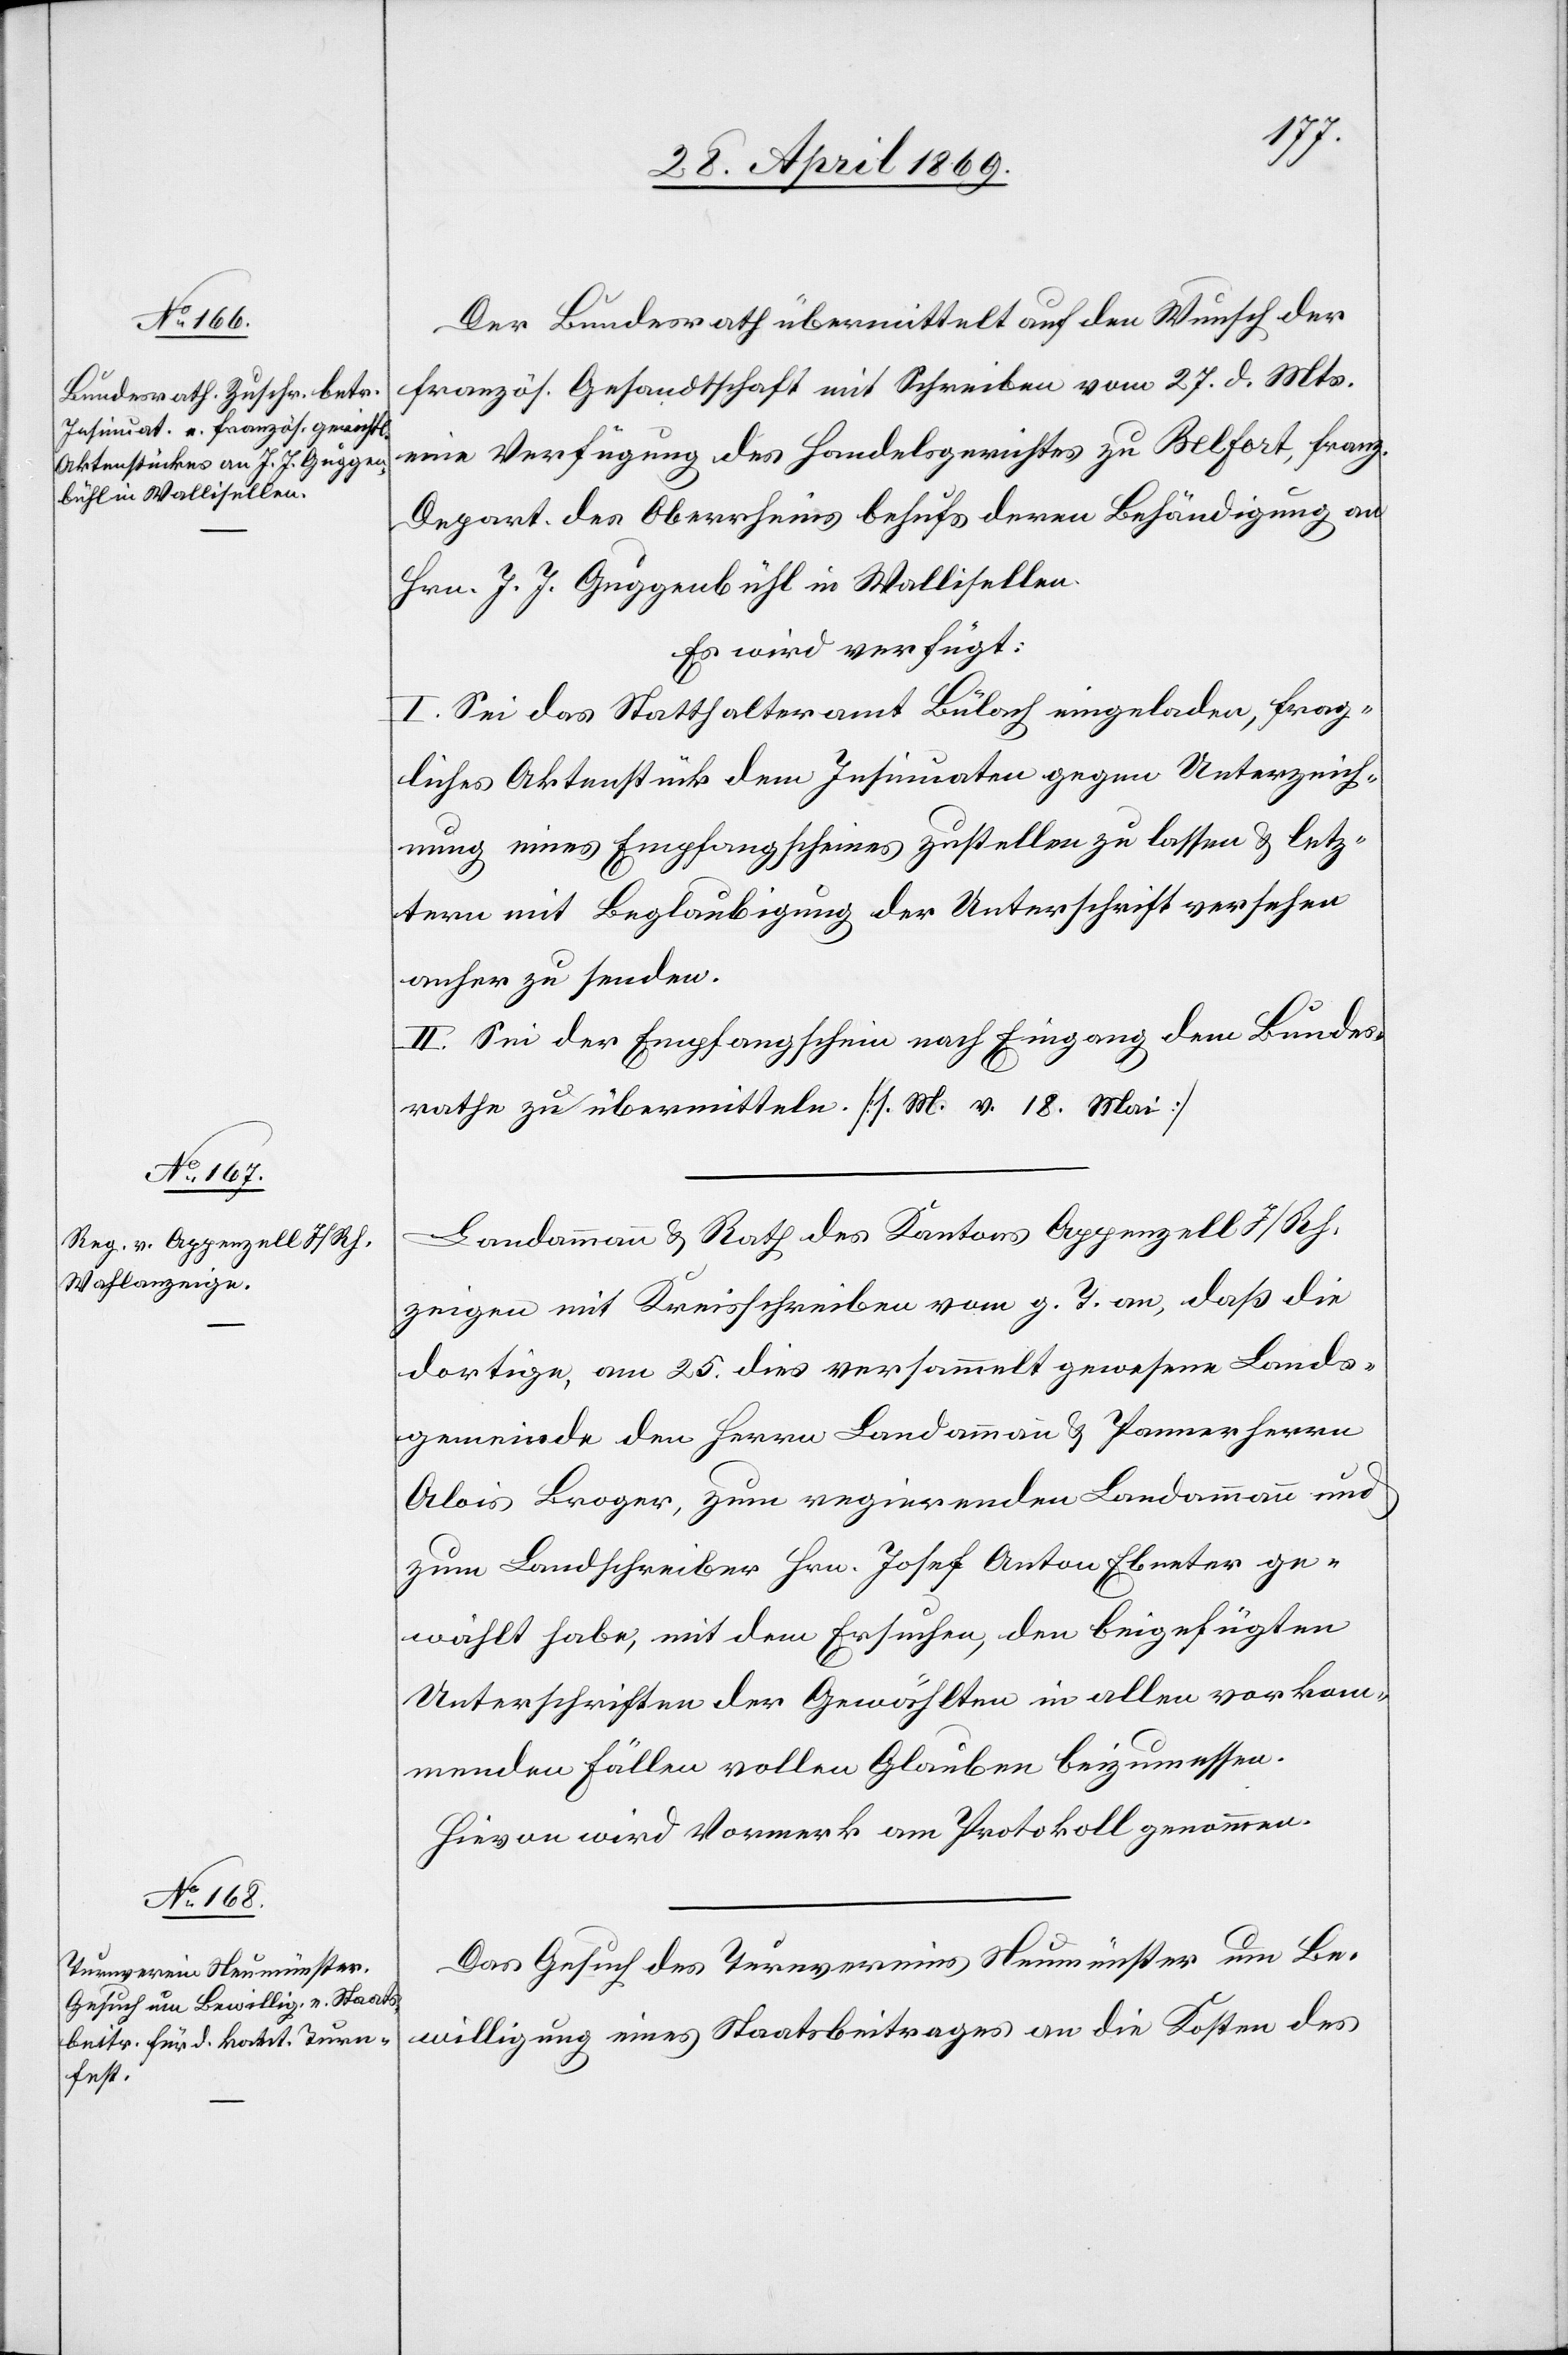
29. April 1869.]
Der Bundesrath übermittelt auf den Wunsch der
französ. Gesandtschaft mit Schreiben vom 27. d. Mts.
eine Verfügung des Handelsgerichtes zu Belfort, franz.
Depart. des Oberrheins behufs deren Behändigung an
Hrn. J. J. Guggenbühl in Wallisellen.
Es wird verfügt:
I. Sei das Statthalteramt Bülach eingeladen, frag¬
liches Aktenstück dem Insinuaten gegen Unterzeich¬
nung eines Empfangsscheines zustellen zu lassen u. letz¬
tern mit Beglaubigung der Unterschrift versehen
anher zu senden.
II. Sei der Empfangsschein nach Eingang dem Bundes¬
rathe zu übermitteln. [l. M. v. 18. Mai]
Landammann u. Rath des Kantons Appenzell I/Rh.
zeigen mit Kreisschreiben vom g. T. an, daß die
dortige, am 25. dies versammelt gewesene Lands¬
gemeinde den Herrn Landammann u. Panner Herrn
Alois Broger, zum regierenden Landammann und
zum Landschreiber Hrn. Josef Anton Ebneter ge¬
wählt habe, mit dem Ersuchen, den beigefügten
Unterschriften der Gewählten in allen vorkom¬
menden Fällen vollen Glauben beizumessen.
Hievon wird Vormerk am Protokoll genommen.
Das Gesuch des Turnvereines Neumünster um Be¬
willigung eines Staatsbeitrages an die Kosten des